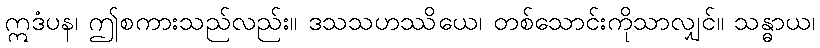
ဣဒံပန၊ ဤစကားသည်လည်း။ ဒသသဟဿိယေ၊ တစ်သောင်းကိုသာလျှင်။ သန္ဓာယ၊